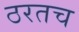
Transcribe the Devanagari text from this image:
ठरतच